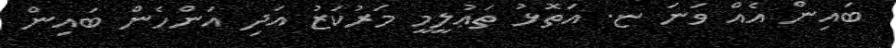
ބައިން އެއް ވަނަ ޏ. އަތޮޅު ތަޢުލީމީ މަރުކަޒު އަދި އަންހެން ބައިން